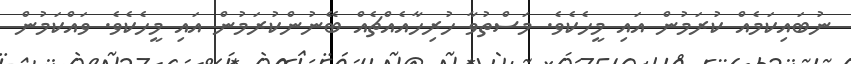
ނުބައިކަމެއް ކުރަމުން އައި މީހެކެވެ. މަސްތުވާ ހުރިހާއެއްޗެއް ބޭނުންކުރަމުން އައި މީހެކެވެ. ވައްކަމުން